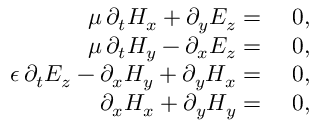
\begin{array} { r l } { \mu \, \partial _ { t } H _ { x } + \partial _ { y } E _ { z } = } & { \, \, 0 , } \\ { \mu \, \partial _ { t } H _ { y } - \partial _ { x } E _ { z } = } & { \, \, 0 , } \\ { \epsilon \, \partial _ { t } E _ { z } - \partial _ { x } H _ { y } + \partial _ { y } H _ { x } = } & { \, \, 0 , } \\ { \partial _ { x } H _ { x } + \partial _ { y } H _ { y } = } & { \, \, 0 , } \end{array}